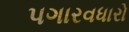
પગારવધારો